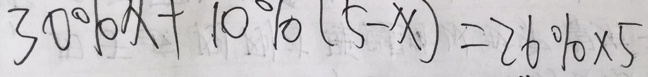
3 0 \% x + 1 0 \% ( 5 - x ) = 2 6 \% \times 5